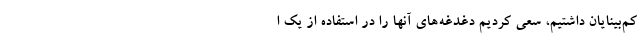
کم‌بینایان داشتیم، سعی کردیم دغدغه‌های آنها را در استفاده از یک ا